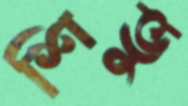
শিভু